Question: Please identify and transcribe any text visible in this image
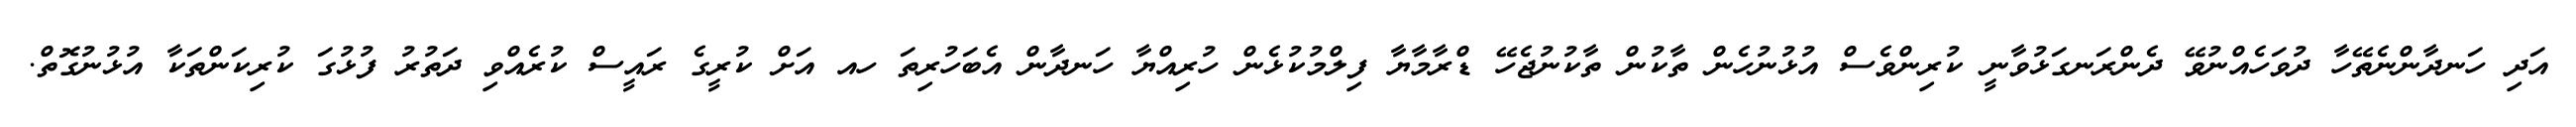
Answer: އަދި ހަނދާންނެތޭހާ ދުވަހެއްނުވޭ ދެންރަނގަޅުވާނީ ކުރިންވެސް އުޅުނުހެން ތާކުން ތާކުނުޖެހޭ ޑްރާމާޔާ ފިލްމުކުޅެން ހުރިއްޔާ ހަނދާން އެބަހުރިތަ ހއ އަށް ކުރީގެ ރައީސް ކުރެއްވި ދަތުރު ފުޅުގަ ކުރިކަންތަކާ އުޅުނުގޮތް.